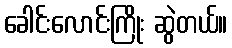
ခေါင်းလောင်းကြိုး ဆွဲတယ်။